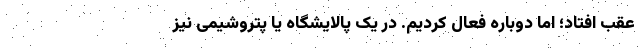
عقب افتاد؛ اما دوباره فعال کردیم. در یک پالایشگاه یا پتروشیمی نیز